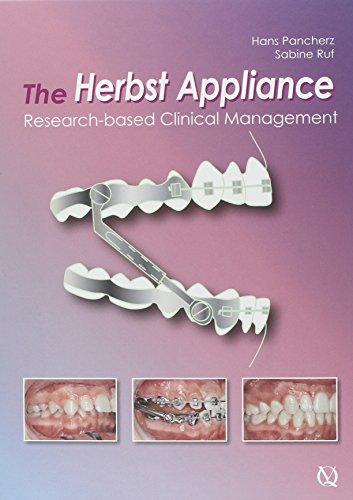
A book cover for The Herbst Appliance: Research-based Clinical Management; Hans Pancherz; Medical Books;